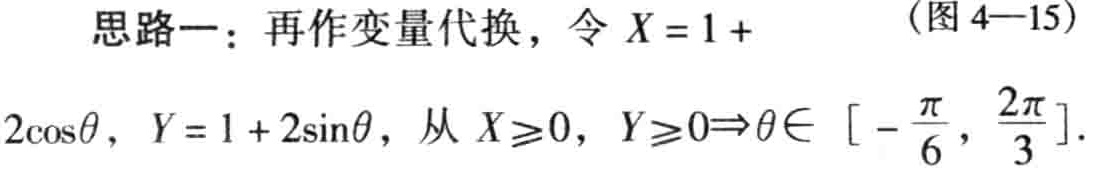
思路一：再作变量代换，令 \(X = 1 + 2\cos\theta\)，\(Y = 1 + 2\sin\theta\)，从 \(X\geq0\)，\(Y\geq0\Rightarrow\theta\in\left[-\frac{\pi}{6},\frac{2\pi}{3}\right]\). （图 4—15）